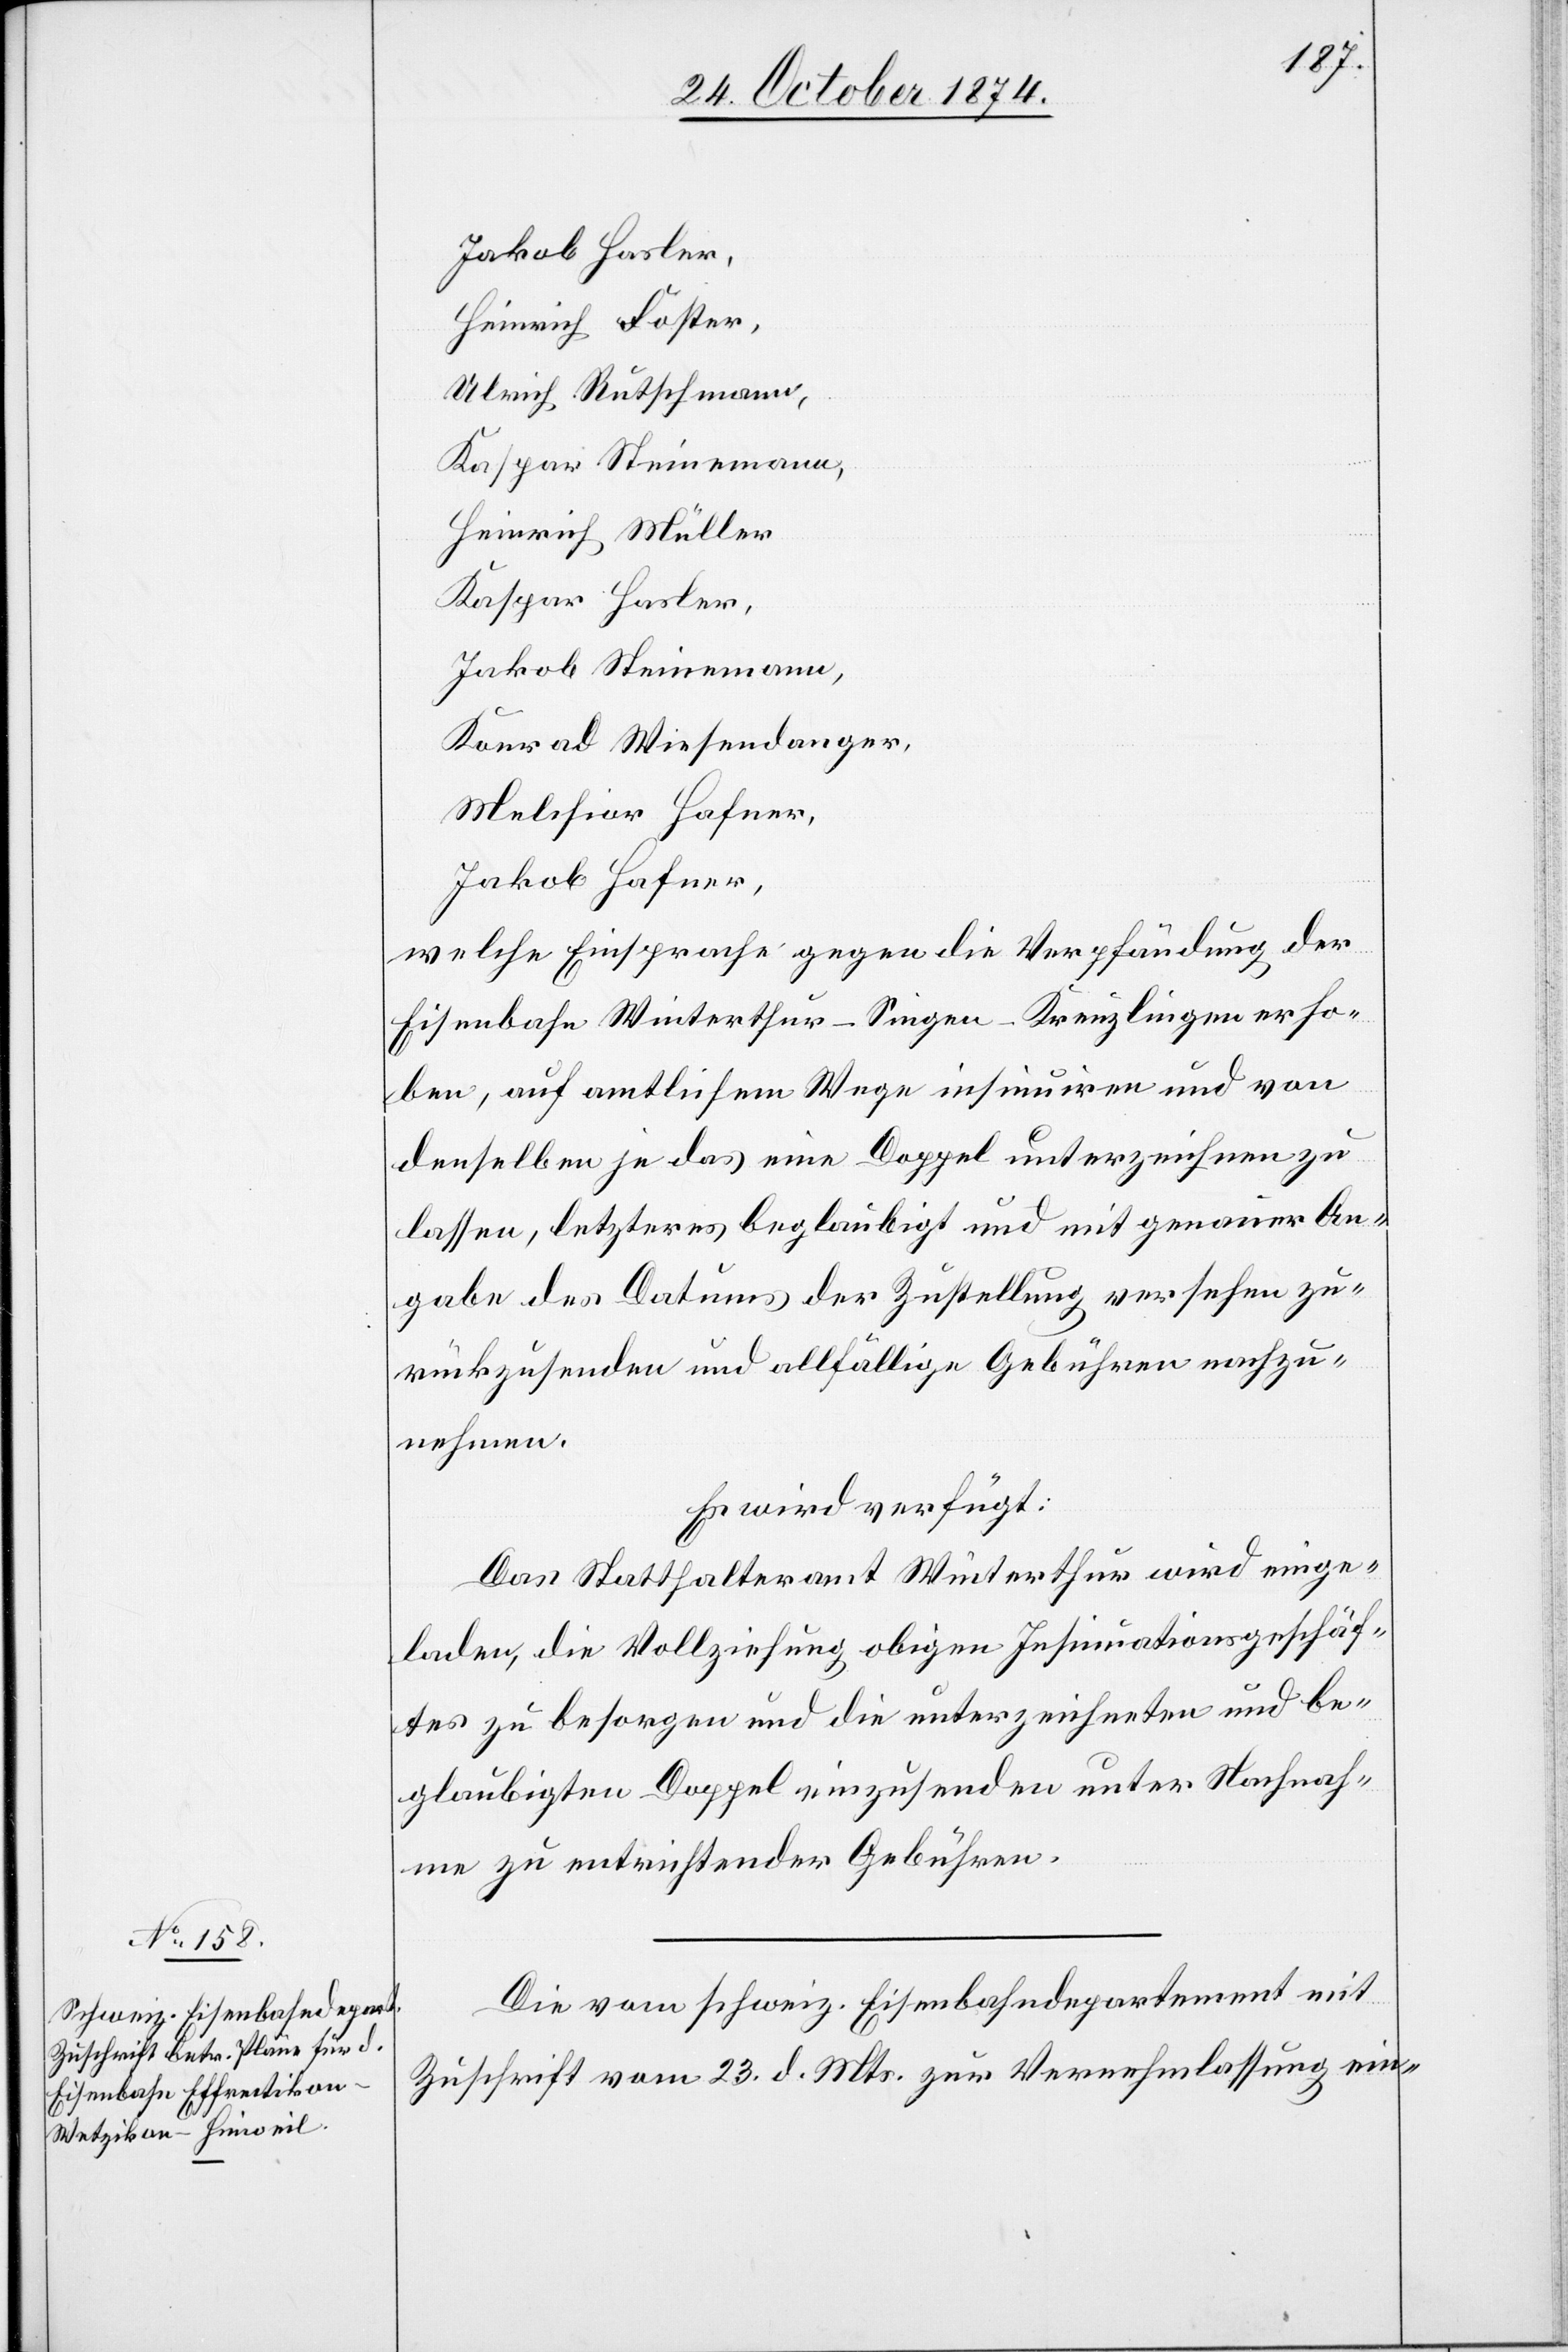
26. October 1874.]
Jakob Hasler,
Heinrich Foster,
Ulrich Rutschmann,
Kaspar Steinemann,
Heinrich Müller
Kaspar Hasler,
Jakob Steinemann,
Konrad Wiesendanger,
Melchior Hafner,
Jakob Hafner,
welche Einsprache gegen die Verpfändung der
Eisenbahn Winterthur–Singen–Kreuzlingen erho¬
ben, auf amtlichem Wege insinuiren und von
denselben je das eine Doppel unterzeichnen zu
lassen, letzteres beglaubigt und mit genauer An¬
gabe des Datums der Zustellung versehen zu¬
rückzusenden und allfällige Gebühren nachzu¬
nehmen.
Es wird verfügt:
Das Statthalteramt Winterthur wird einge¬
laden, die Vollziehung obigen Insinuationsgeschäf¬
tes zu besorgen und die unterzeichneten und be¬
glaubigten Doppel einzusenden unter Nachnah¬
me zu entrichtender Gebühren.
Die vom schweiz. Eisenbahndepartement mit
Zuschrift vom 23. d. Mts. zur Vernehmlassung ein-